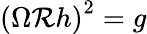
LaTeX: \left(\Omega{\cal R}h\right)^{2}=g